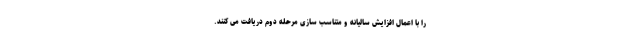
را با اعمال افزایش سالیانه و متناسب سازی مرحله دوم دریافت می کنند.